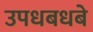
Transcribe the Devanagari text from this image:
उपधबधबे